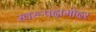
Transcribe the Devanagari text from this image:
स्वरूपदामोदर